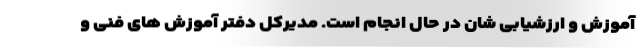
آموزش و ارزشیابی شان در حال انجام است. مدیرکل دفتر آموزش های فنی و